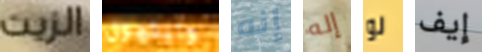
الزيت وايتهول إنه إله لو إيف